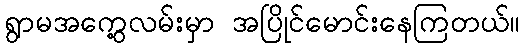
ရွာမအကွေ့လမ်းမှာ အပြိုင်မောင်းနေကြတယ်။